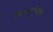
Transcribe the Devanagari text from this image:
समाजमार्गदर्शक